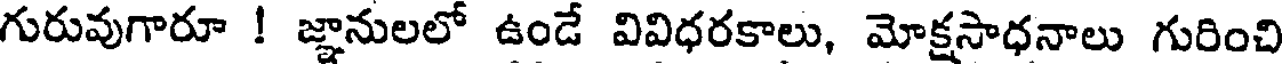
గురువుగారూ ! జ్ఞానులలో ఉండే వివిధరకాలు, మోక్షసాధనాలు గురించి